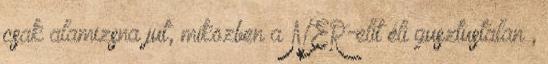
csak alamizsna jut, miközben a NER-elit éli gusztustalan ,